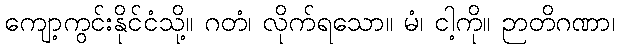
ကျော့ကွင်းနိုင်ငံသို့။ ဂတံ၊ လိုက်ရသော။ မံ၊ ငါ့ကို။ ဉာတိဂဏာ၊